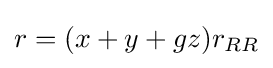
r=(x+y+gz)r_{RR}